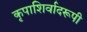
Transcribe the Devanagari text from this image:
कृपाशिर्वादरूपी